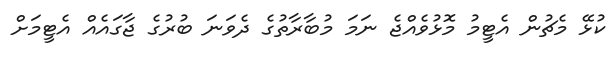
ކުޅޭ މެޗުން އެޓީމު މޮޅުވެއްޖެ ނަމަ މުބާރާތުގެ ދެވަނަ ބުރުގެ ޖާގައެއް އެޓީމަށް